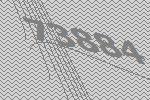
73884